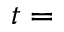
t =